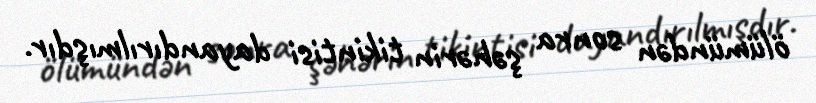
ölümündən sonra şəhərin tikintisi dayandırılmışdır.